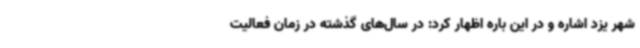
شهر یزد اشاره و در این باره اظهار کرد: در سال‌های گذشته در زمان فعالیت